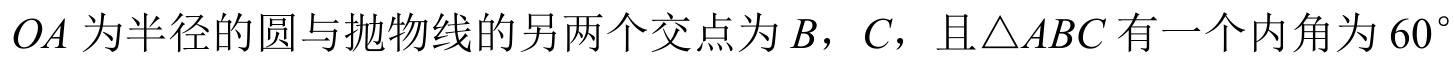
\(OA\)为半径的圆与抛物线的另两个交点为\(B\)，\(C\)，且\(\triangle ABC\)有一个内角为\(60^{\circ}\)